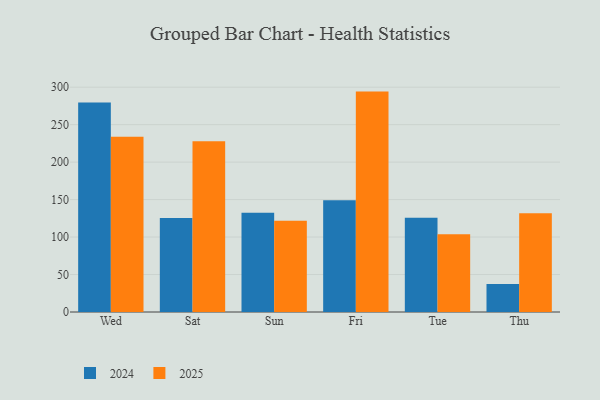
{"axis": {"x": "Day", "y": "Latency (ms)"}, "legend": ["2024", "2025"], "data": [{"x": "Wed", "y": 279.4, "type": "2024"}, {"x": "Wed", "y": 234.0, "type": "2025"}, {"x": "Sat", "y": 125.5, "type": "2024"}, {"x": "Sat", "y": 227.9, "type": "2025"}, {"x": "Sun", "y": 132.3, "type": "2024"}, {"x": "Sun", "y": 121.9, "type": "2025"}, {"x": "Fri", "y": 149.2, "type": "2024"}, {"x": "Fri", "y": 294.1, "type": "2025"}, {"x": "Tue", "y": 125.8, "type": "2024"}, {"x": "Tue", "y": 103.6, "type": "2025"}, {"x": "Thu", "y": 37.4, "type": "2024"}, {"x": "Thu", "y": 131.8, "type": "2025"}]}